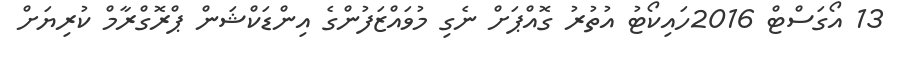
13 އޯގަސްޓް 2016ހައިކޯޓު އުތުރު ގޮއްޕަށް ނެގި މުވައްޒަފުންގެ އިންޑަކްޝަން ޕްރޮގްރާމް ކުރިޔަށް